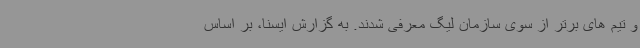
و تیم های برتر از سوی سازمان لیگ معرفی شدند. به گزارش ایسنا، بر اساس